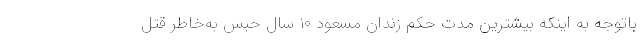
باتوجه به اینکه بیشترین مدت حکم زندان مسعود ۱۰ سال حبس به‌خاطر قتل